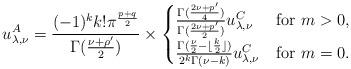
LaTeX: \begin{align*} u_{\lambda,\nu}^A &= \frac{(-1)^k k! \pi^{\frac{p+q}{2}}}{\Gamma(\frac{\nu+\rho'}{2})} \times \begin{cases} \frac{\Gamma(\frac{2\nu+p'}{4})}{\Gamma(\frac{2\nu+p'}{2})}u^C_{\lambda,\nu}&\mbox{for $m>0$,}\\\frac{\Gamma(\frac{\nu}{2}-\lfloor\frac{k}{2}\rfloor)}{2^k\Gamma(\nu-k)}u^C_{\lambda,\nu}&\mbox{for $m=0$.} \end{cases}\end{align*}